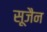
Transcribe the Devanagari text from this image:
सूजैन